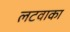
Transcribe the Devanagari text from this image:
लटवाका